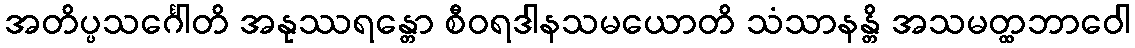
အတိပ္ပသင်္ဂေါတိ အနုဿရန္တော စီဝရဒါနသမယောတိ သံသာနန္တိ အသမတ္ထဘာဝေါ